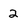
Character: 2